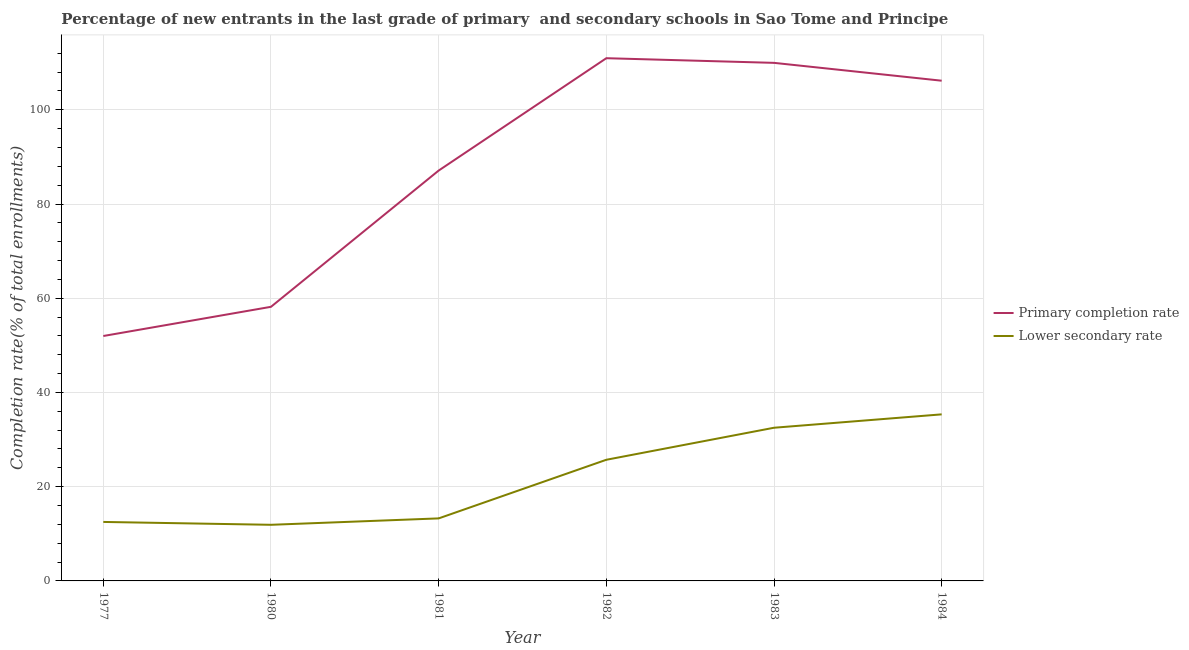
| Year | Primary completion rate | Lower secondary rate |
 | --- | --- | --- |
 | 1977 | 52 | 12.5 |
 | 1980 | 58.2 | 11.9 |
 | 1981 | 87.1 | 13.3 |
 | 1982 | 111 | 25.7 |
 | 1983 | 110 | 32.5 |
 | 1984 | 106 | 35.4 |